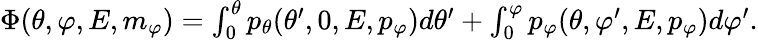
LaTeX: \begin{array}{r}{\Phi(\theta,\varphi,E,m_{\varphi})=\int_{0}^{\theta}p_{\theta}(\theta^{\prime},0,E,p_{\varphi})d\theta^{\prime}+\int_{0}^{\varphi}p_{\varphi}(\theta,\varphi^{\prime},E,p_{\varphi})d\varphi^{\prime}.}\end{array}